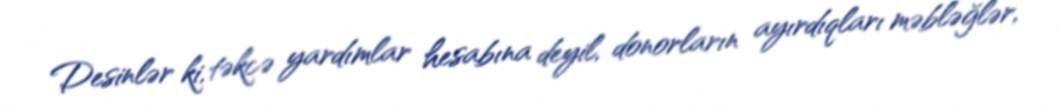
Desinlər ki, təkcə yardımlar hesabına deyil, donorların ayırdıqları məbləğlər,